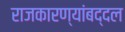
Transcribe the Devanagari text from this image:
राजकारण्यांबद्दल